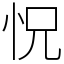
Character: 怳